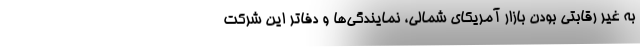
به غیر رقابتی بودن بازار آمریکای شمالی، نمایندگی‌ها و دفاتر این شرکت